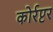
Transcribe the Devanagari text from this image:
कोर्रप्टर